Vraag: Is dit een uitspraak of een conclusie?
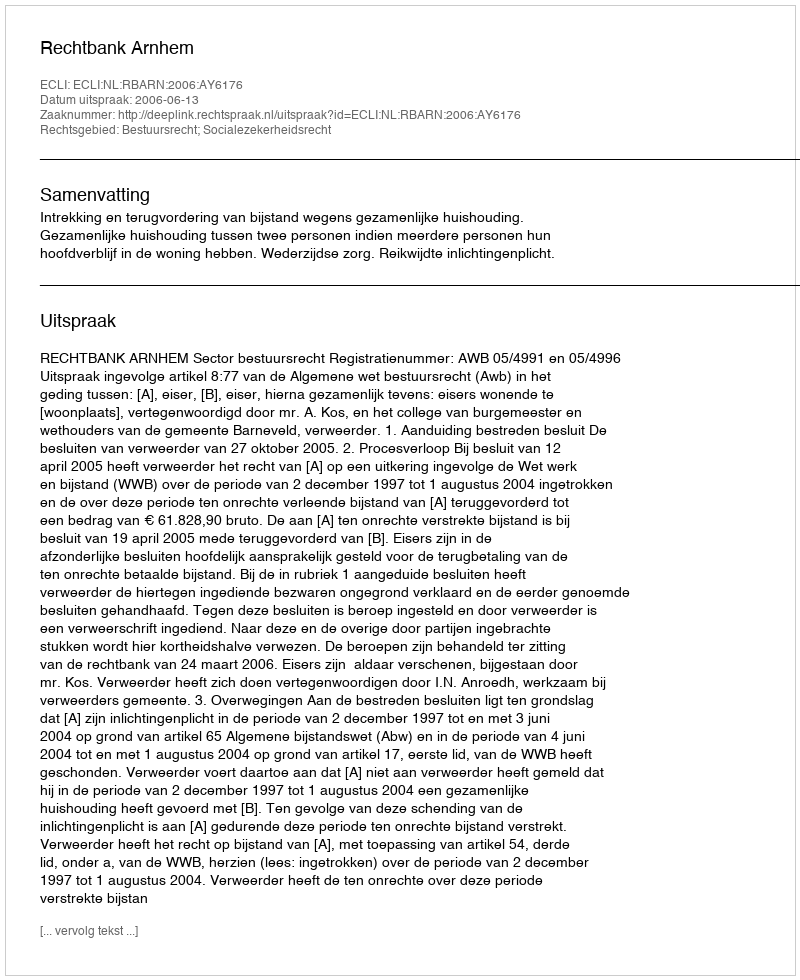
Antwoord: Uitspraak